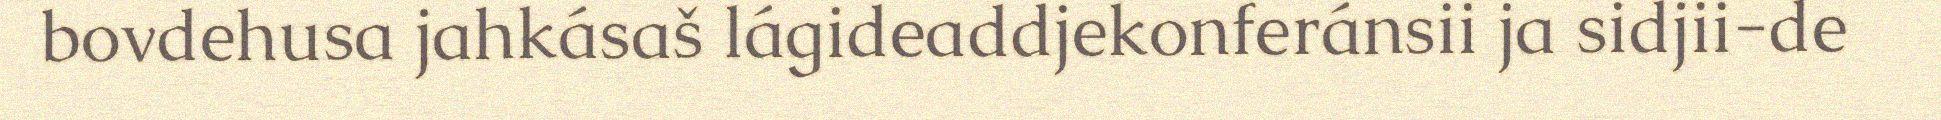
bovdehusa jahkásaš lágideaddjekonferánsii ja sidjii-de